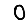
Digit: 0